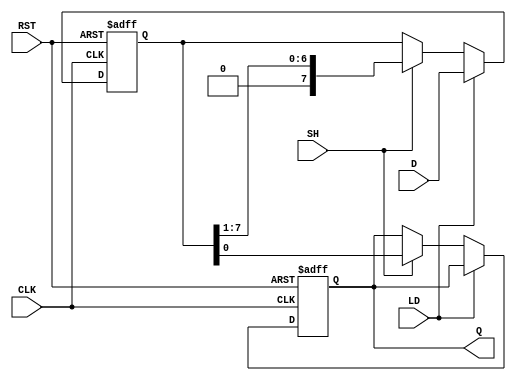
module PISO_Register #(
    parameter N = 8  // Parameter for the number of bits in the register
)(
    input wire [N-1:0] D,    // Parallel data input
    input wire LD,            // Load control signal
    input wire SH,            // Shift control signal
    input wire CLK,           // Clock signal
    input wire RST,           // Asynchronous reset signal
    output reg Q              // Serial output
);

    reg [N-1:0] shift_reg;    // Shift register to hold the data

    always @(posedge CLK or posedge RST) begin
        if (RST) begin
            shift_reg <= {N{1'b0}}; // Clear the register on reset
            Q <= 1'b0;              // Clear the serial output
        end else begin
            if (LD) begin
                shift_reg <= D;     // Load data into the shift register
            end else if (SH) begin
                Q <= shift_reg[0];  // Output the LSB to Q
                shift_reg <= {1'b0, shift_reg[N-1:1]}; // Shift right
            end
        end
    end

endmodule